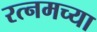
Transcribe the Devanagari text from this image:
रत्नमच्या